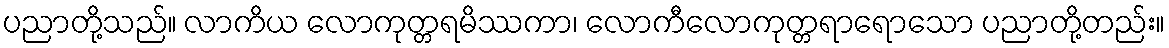
ပညာတို့သည်။ လာကိယ လောကုတ္တရမိဿကာ၊ လောကီလောကုတ္တရာရောသော ပညာတို့တည်း။